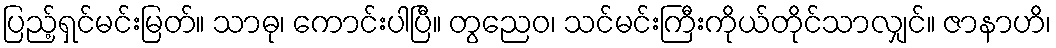
ပြည့်ရှင်မင်းမြတ်။ သာဓု၊ ကောင်းပါပြီ။ တွညေဝ၊ သင်မင်းကြီးကိုယ်တိုင်သာလျှင်။ ဇာနာဟိ၊